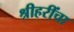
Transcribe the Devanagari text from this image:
श्रीहरींचा